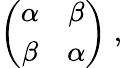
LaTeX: \left(\begin{array}{cc}{{\alpha}}&{{\beta}}\\ {{\beta}}&{{\alpha}}\end{array}\right)\; ,